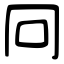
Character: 冋